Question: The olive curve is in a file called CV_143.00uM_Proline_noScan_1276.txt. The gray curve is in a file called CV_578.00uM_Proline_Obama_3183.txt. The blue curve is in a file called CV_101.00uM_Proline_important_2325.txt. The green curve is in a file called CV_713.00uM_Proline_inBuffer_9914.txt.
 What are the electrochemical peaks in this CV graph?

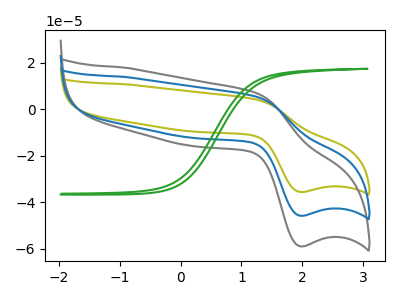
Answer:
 <answer>The olive curve "Proline_143.00uM" has an anodic peak at (1.25V, 4.30uA) and a cathodic peak at (1.95V, -35.55uA). The gray curve "Proline_578.00uM" has an anodic peak at (1.25V, 11.05uA) and a cathodic peak at (1.95V, -91.55uA). The blue curve "Proline_101.00uM" has an anodic peak at (1.25V, 5.50uA) and a cathodic peak at (1.95V, -45.80uA). The green curve "Proline_713.00uM" has no peaks.</answer>
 <eval></eval>